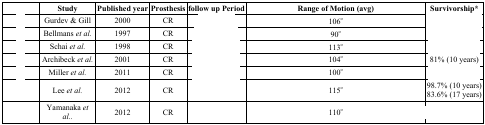
<table><thead><tr><td>[EMPTY_CELL]</td><td><b>Study</b></td><td><b>Published year</b></td><td><b>Prosthesis</b></td><td><b>follow up Period</b></td><td><b>Range of Motion (avg)</b></td><td><b>Survivorship*</b></td></tr></thead><tbody><tr><td>[EMPTY_CELL]</td><td>Gurdev &amp; Gill</td><td>2000</td><td>CR</td><td>[EMPTY_CELL]</td><td>106<sup>o</sup></td><td>[EMPTY_CELL]</td></tr><tr><td>[EMPTY_CELL]</td><td>Bellmans <i>et al.</i></td><td>1997</td><td>CR</td><td>[EMPTY_CELL]</td><td>90<sup>o</sup></td><td>[EMPTY_CELL]</td></tr><tr><td>[EMPTY_CELL]</td><td>Schai <i>et al.</i></td><td>1998</td><td>CR</td><td>[EMPTY_CELL]</td><td>113<sup>o</sup></td><td>[EMPTY_CELL]</td></tr><tr><td>[EMPTY_CELL]</td><td>Archibeck <i>et al.</i></td><td>2001</td><td>CR</td><td>[EMPTY_CELL]</td><td>104<sup>o</sup></td><td>81% (10 years)</td></tr><tr><td>[EMPTY_CELL]</td><td>Miller <i>et al.</i></td><td>2011</td><td>CR</td><td>[EMPTY_CELL]</td><td>100<sup>o</sup></td><td>[EMPTY_CELL]</td></tr><tr><td>[EMPTY_CELL]</td><td>Lee <i>et al.</i></td><td>2012</td><td>CR</td><td>[EMPTY_CELL]</td><td>115<sup>o</sup></td><td>98.7% (10 years)83.6% (17 years)</td></tr><tr><td>[EMPTY_CELL]</td><td>Yamanaka <i><i>et al.</i>.</i></td><td>2012</td><td>CR</td><td>[EMPTY_CELL]</td><td>110<sup>o</sup></td><td>[EMPTY_CELL]</td></tr></tbody></table>